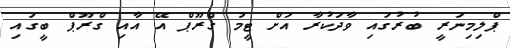
ޕްލިމިނަރީ ބުރުގައި ވާދަކުރާ އަށް ޓީމު ގްރޫޕް އޭ އާއި ގްރޫޕް ބީގައި